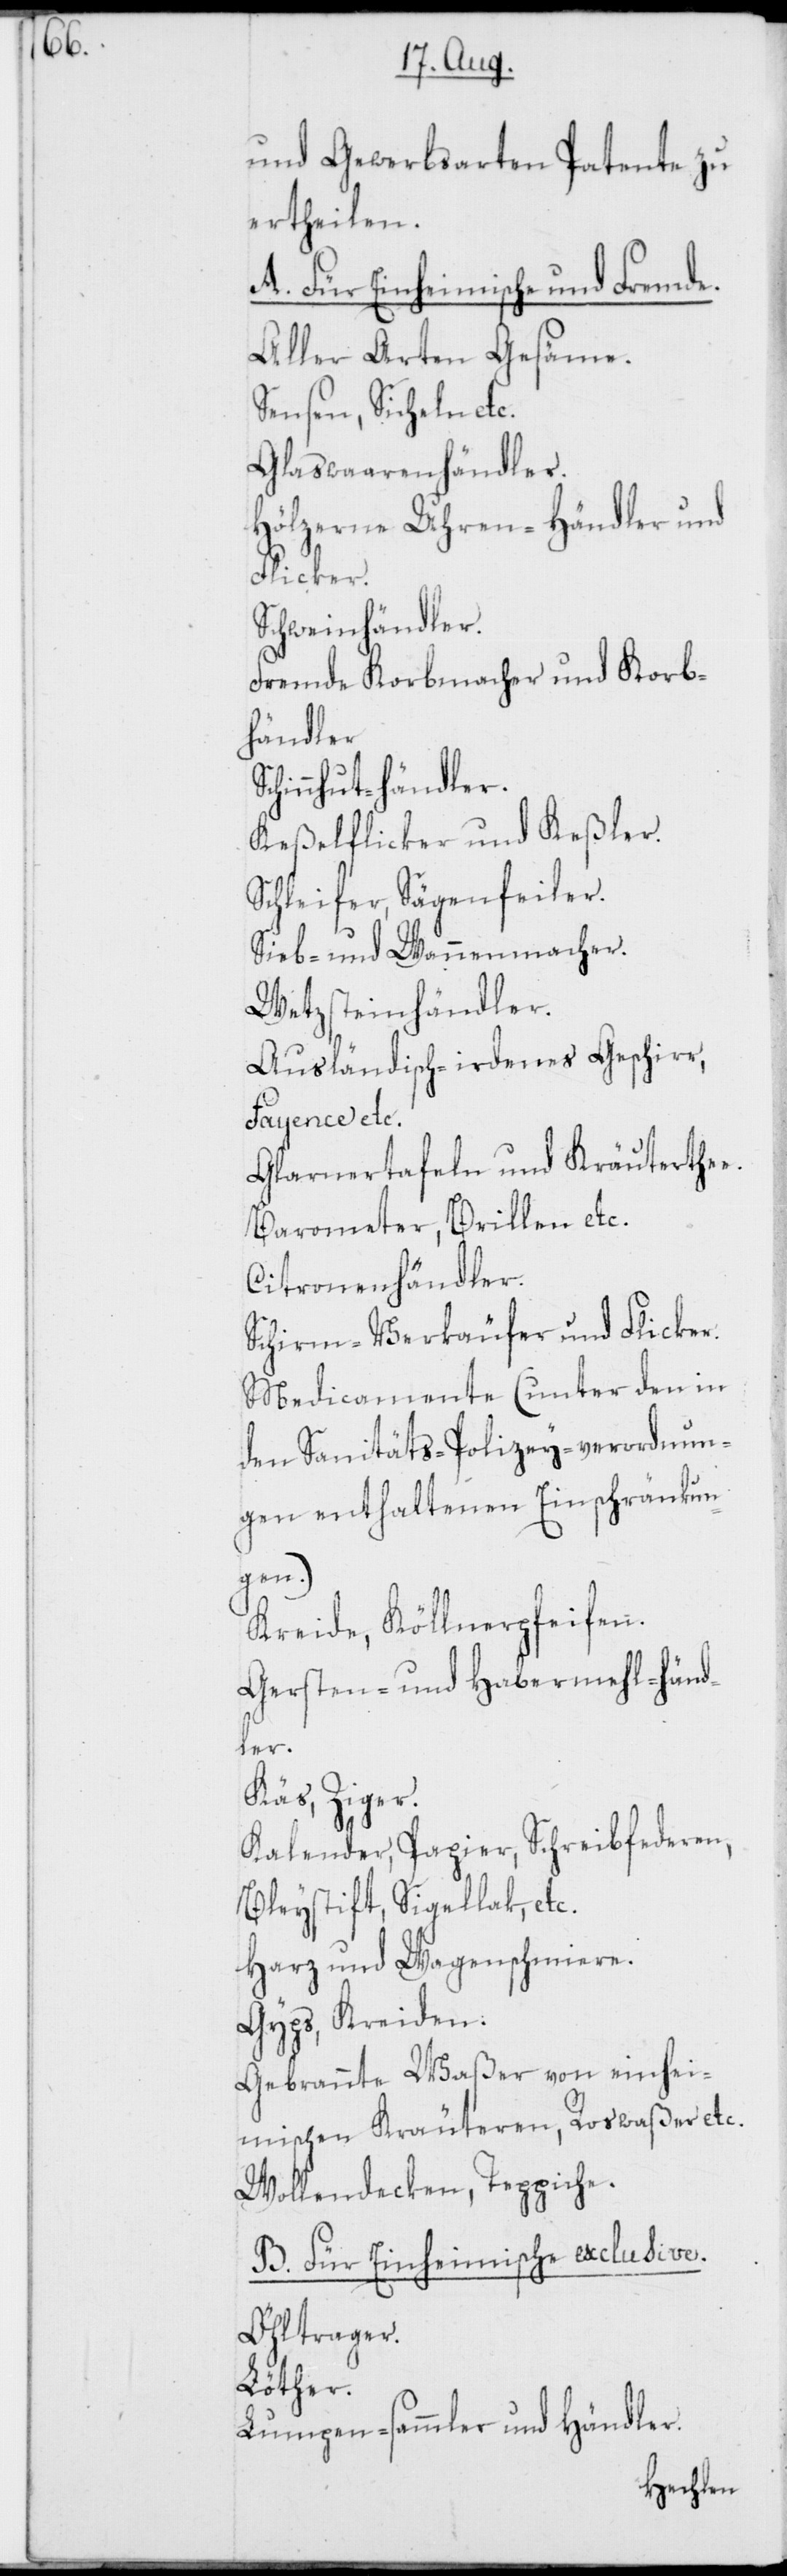
und Gewerbsarten Patente zu
ertheilen.
A. Für Einheimische und Fremde.
Aller Arten Gesäme,.
Sensen, Sicheln etc.
Glaswaarenhändler.
Hölzerne Uhren-Händler und
Schweinhändler.
Fremde Korbmacher und Korb¬
händler
Schinnhut-händler.
Keßelflicker und Keßler.
Schleifer, Sägenfeiler.
Sieb- und Wannenmacher.
Wetzsteinhändler.
Ausländisch-irdenes Geschirr,
Fayence etc.
Glarnertafeln und Kräuterthee.
Barometer, Brillen etc.
Citronenhändler.
Schirm-Verkäufer und
Medicamente (unter den in
den Sanitäts-Polizey-verordnun¬
gen enthaltenen Einschränkun¬
gen.)
Kreide, Köllnerpfeifen.
Gersten- und Habermehl-händ¬
ler.
Käs, Ziger.
Kalender, Papier, Schreibfederen,
Bleystift, Sigellak, etc.
Harz und Wagenschmiere.
Gyps, Kreiden.
Gebrannte Waßer von einhei¬
mischen Kräuteren, Roswaßer etc.
Wollendecken, Teppiche.
B. Für Einheimische exclusive.
Öhltrager.
Löther.